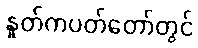
နှုတ်ကပတ်တော်တွင်